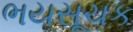
ભયસૂચક